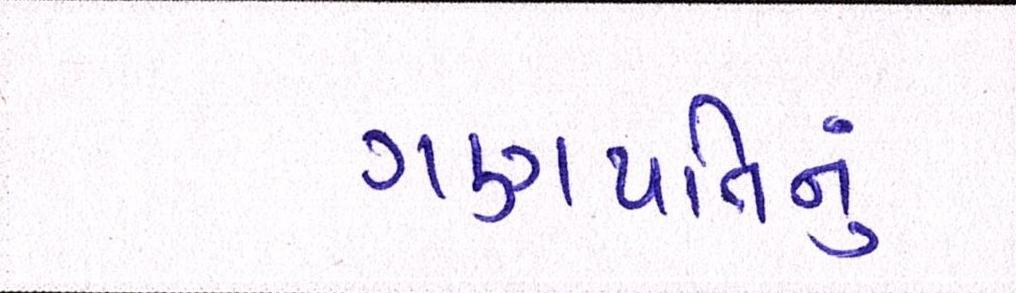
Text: ગણપતિનું